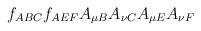
LaTeX: \begin{align*}f_{ABC}f_{AEF}A_{\mu B}A_{\nu C}A_{\mu E}A_{\nu F}\end{align*}